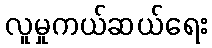
လူမှုကယ်ဆယ်ရေး